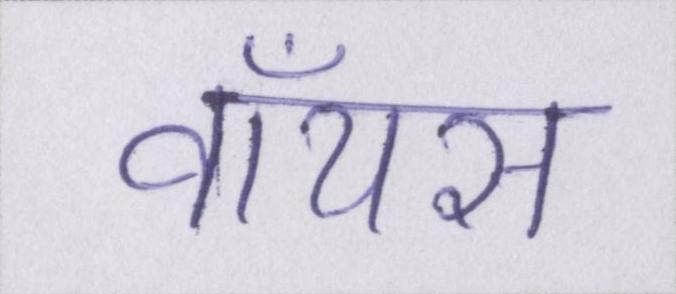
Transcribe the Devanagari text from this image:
वॉयस